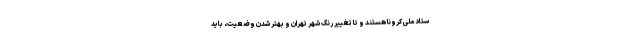
ستاد ملی کرونا هستند و تا تغییر رنگ شهر تهران و بهتر شدن وضعیت، باید